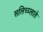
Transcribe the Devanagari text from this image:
सलिच्य्लाते